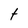
Character: t